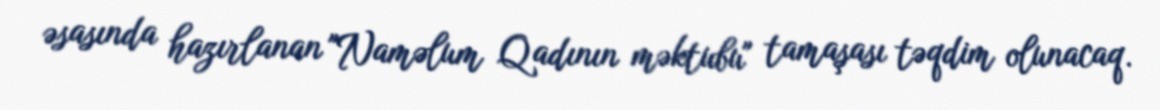
əsasında hazırlanan "Naməlum Qadının məktubu" tamaşası təqdim olunacaq.